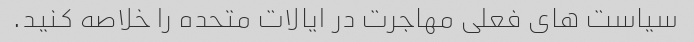
سیاست های فعلی مهاجرت در ایالات متحده را خلاصه کنید.